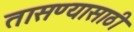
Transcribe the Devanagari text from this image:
तासण्यासाठी